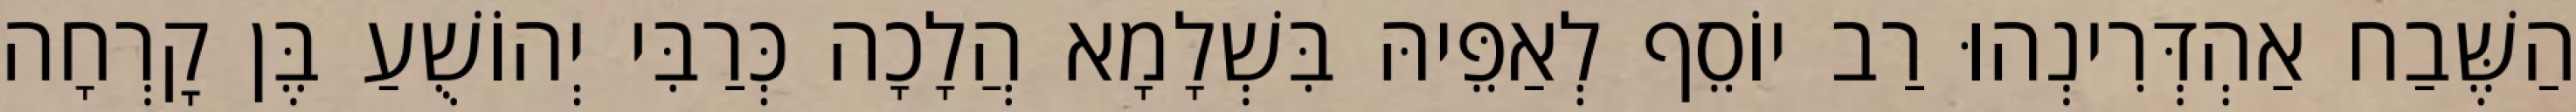
הַשֶּׁבַח אַהְדְּרִינְהוּ רַב יוֹסֵף לְאַפֵּיהּ בִּשְׁלָמָא הֲלָכָה כְּרַבִּי יְהוֹשֻׁעַ בֶּן קׇרְחָה